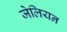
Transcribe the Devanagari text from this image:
जेलियन